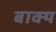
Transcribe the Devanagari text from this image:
बाक्य